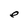
Character: e